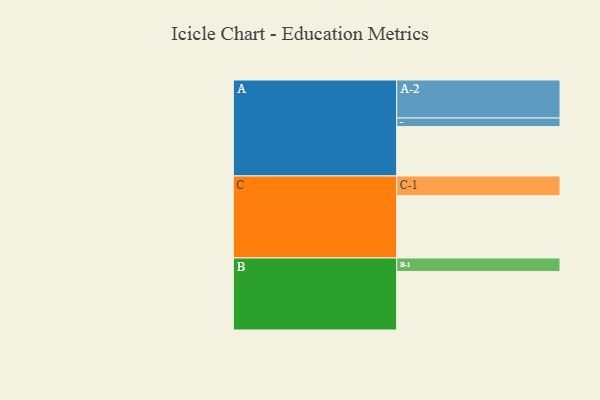
{"axis": {"x": "Segment", "y": "Value"}, "legend": ["", "A", "B", "C"], "data": [{"x": "A", "y": 305, "type": ""}, {"x": "B", "y": 362, "type": ""}, {"x": "C", "y": 385, "type": ""}, {"x": "A-1", "y": 53, "type": "A"}, {"x": "A-2", "y": 235, "type": "A"}, {"x": "B-1", "y": 83, "type": "B"}, {"x": "C-1", "y": 122, "type": "C"}]}